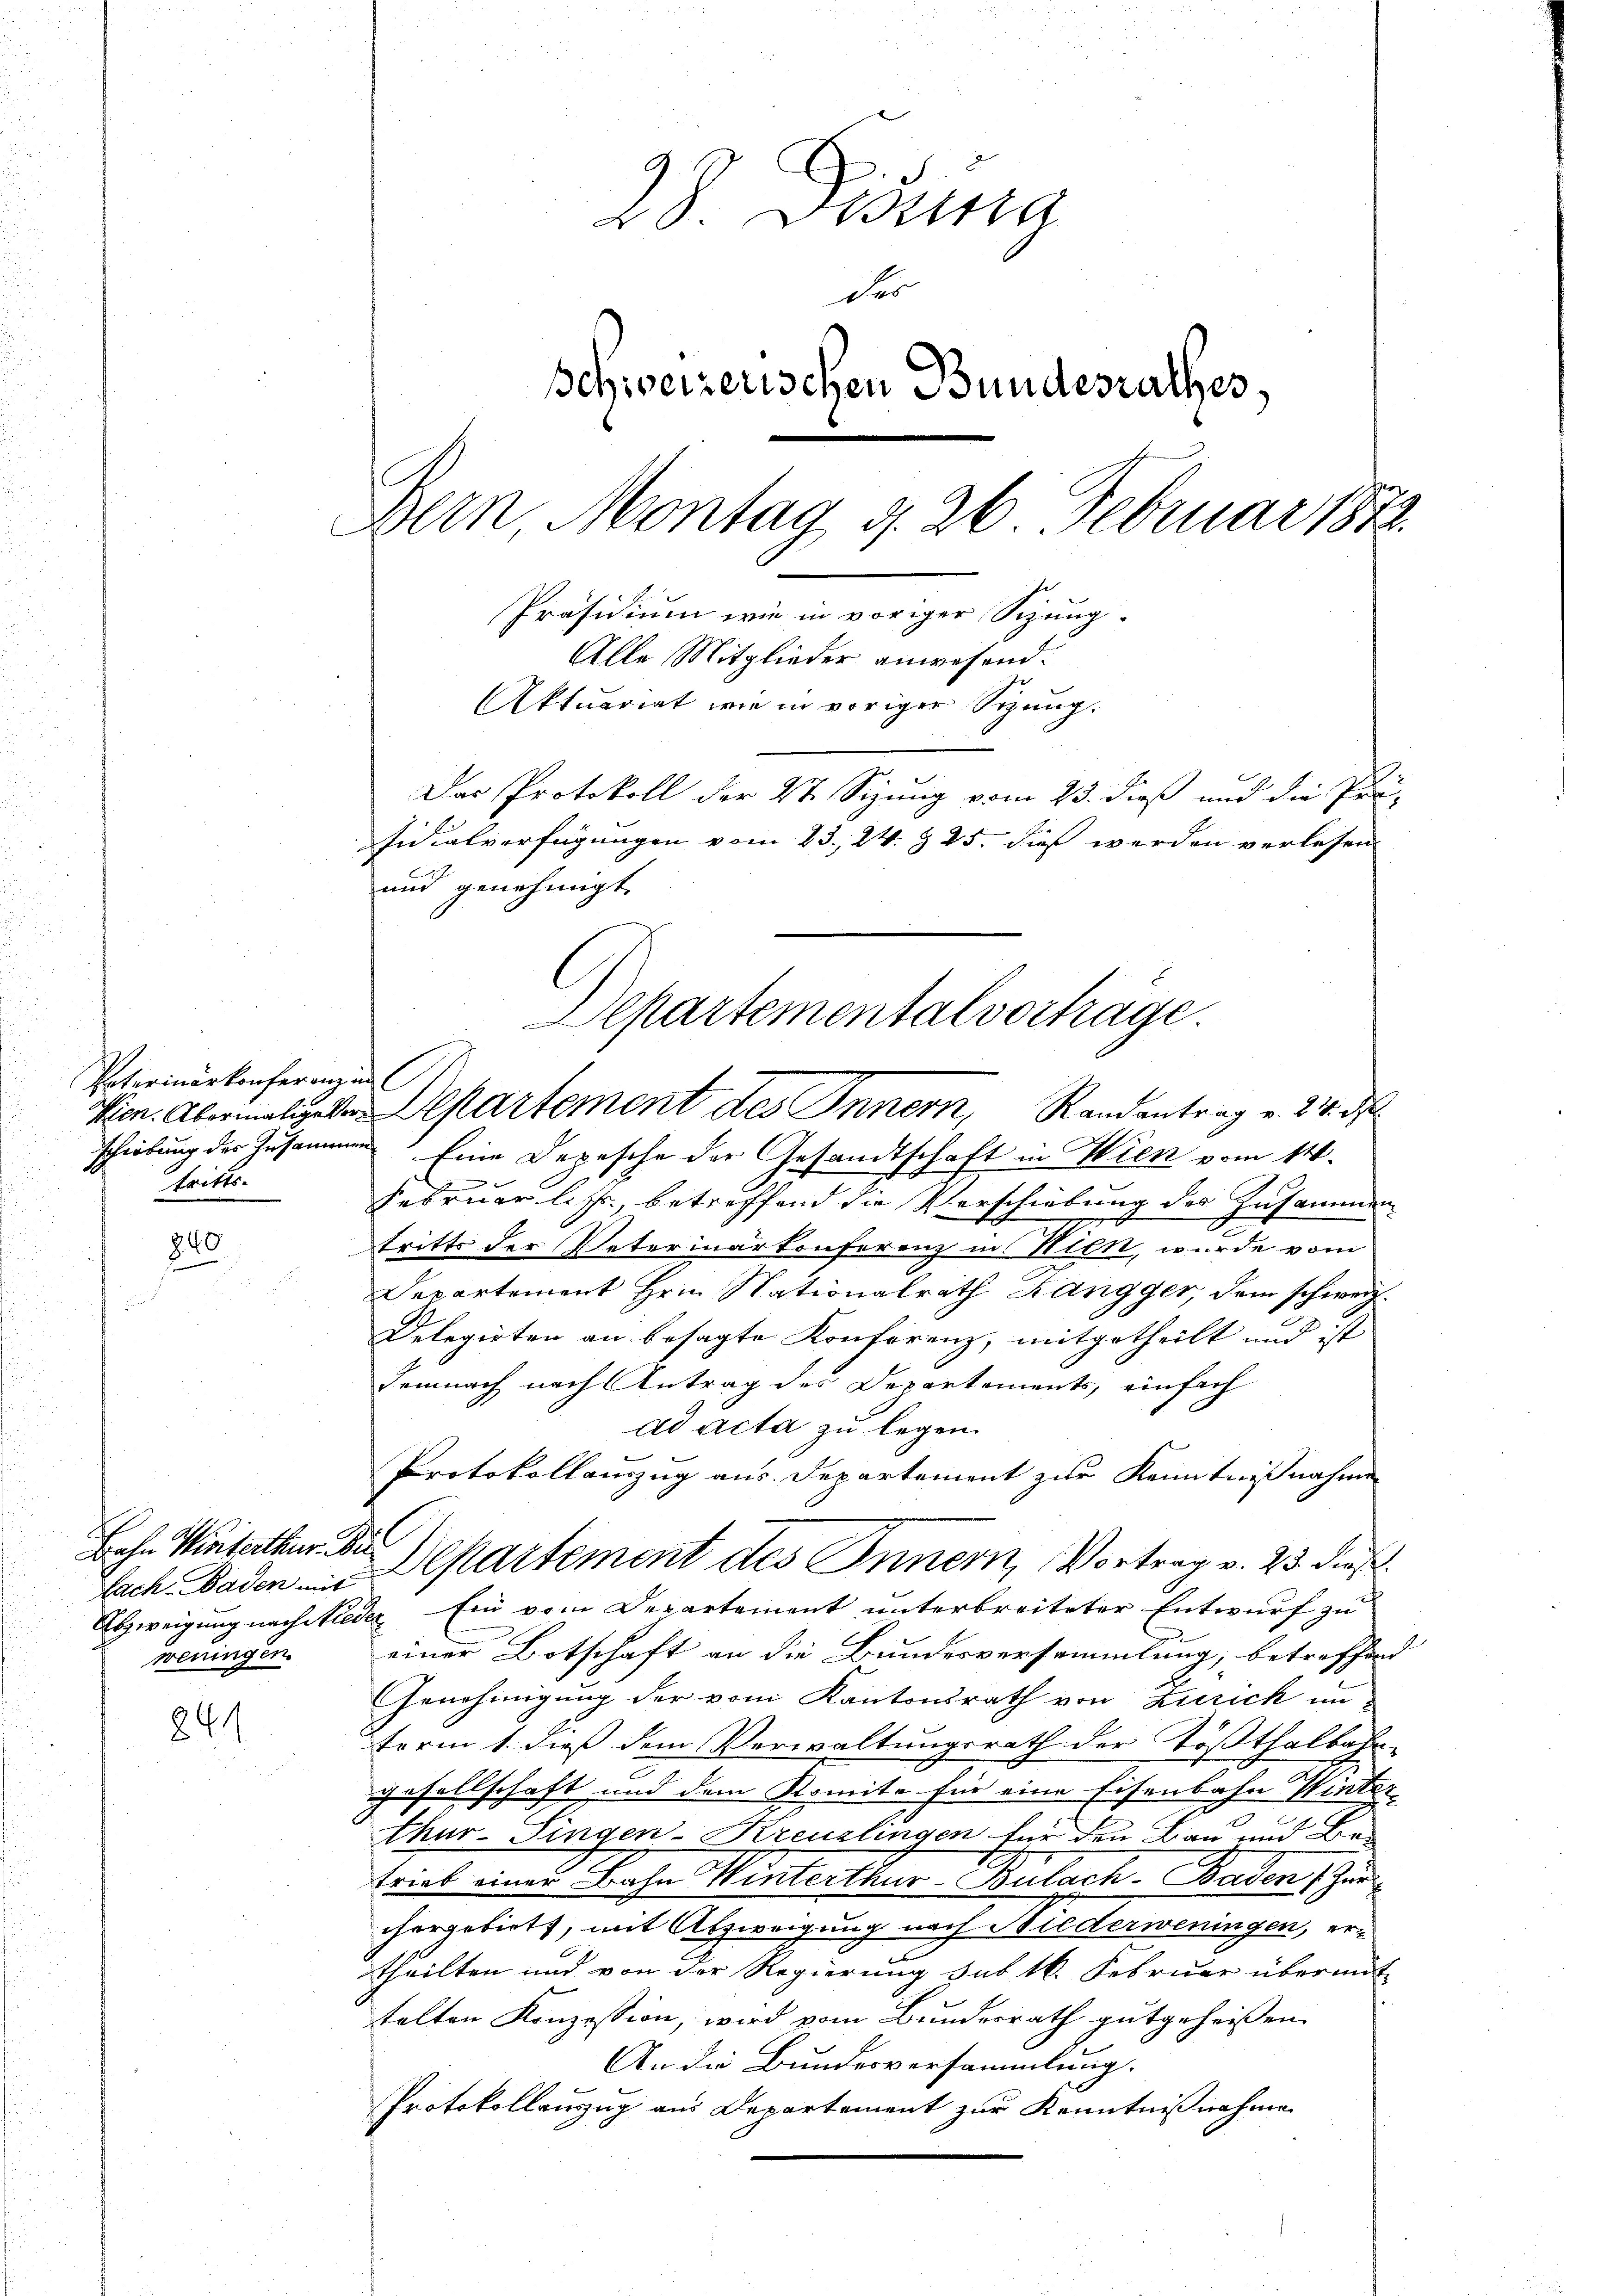
Paterinärkonferenz in
tritts.

340

Bahn Visiterthur. Di
weningen.

841

28 Disena
der
Schweizerischen Bundesrathes,
Dein Montag d. 26. Februar 1872.
Präsidium wie in voriger Sitzung.
Alle Mitglieder anwesend.
Aktuariat wie in voriger Sizung.
Das Protokoll der St. Sizung vom 23. dieß und die Prä-
sidialverfügungen vom 23. 24. § 25. dieß werden verlesen
und genehmigt.

schiebung des Zusammen. Eine Depesche der Gesandtschaft in Wien vom 14.
Februarlist, betreffend die Verschiebung des Zusammen¬
2
2.
tritts der Veterinärkonferenz in Nick, wurde vom
Departement Hrn. Nationalrath Zangger, dem schweiz.
Delegierten an besagte Konferenz, mitgetheilt und ist
Demnach nach Antrag des Departements, einfach
ad acta zu legen.
Protokollanzug aus. Departement zur Kenntnißnahme
Abzweigung nach wieder Ein vom Departement unterbreiteter Entwurf zu
einer Botschaft an die Bundesversammlung, betreffend
Genehmigung der vom Kantonsrath von Zürich un
term 1. dieß dem Verwaltungsrath der Tößthalbahn-
gesellschaft und dem Komite für eine Eisenbahn Winter-
thur–Singen-Kreuzlingen für den Bau und Betrieb einen Bahn Winterthur–Bülach. Baden, Zur
hergebiet, mit Abzweigung nach Biederweningen, ertheilten und von der Regierung sub 16. Februar übermit
stalten Konzession, wird vom Bundesrath gutgeheissen.
An die Bundesversammlung.
Protokollanzug aus Departement zur Kenntnißnahme

Departementalvortrage.
Wien. Abermaligen Departement des Innern, Randantrag v. 24. ds

lach. Baden Departement des Innern, Vortrag v. 23. dieß